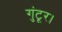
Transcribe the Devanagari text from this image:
गुंटूर।